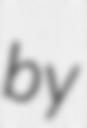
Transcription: by